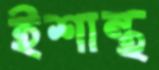
ইশান্থ